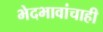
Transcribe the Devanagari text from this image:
भेदभावांचाही